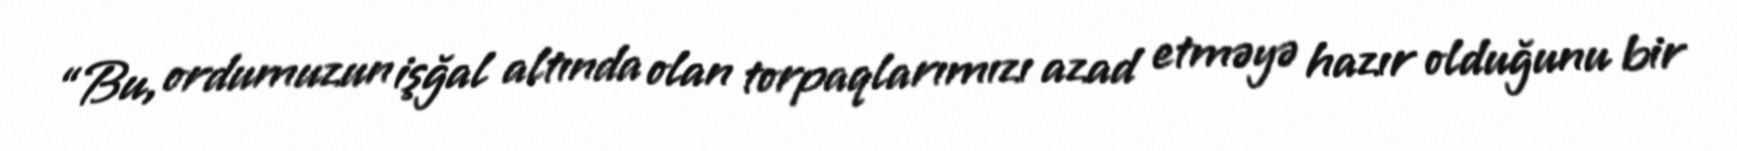
“Bu, ordumuzun işğal altında olan torpaqlarımızı azad etməyə hazır olduğunu bir